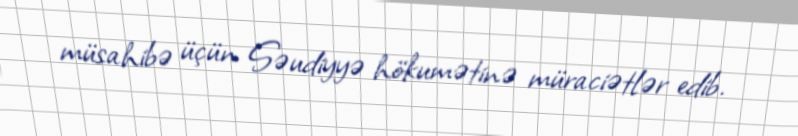
müsahibə üçün Səudiyyə hökumətinə müraciətlər edib.